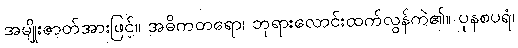
အမျိုးဇာတ်အားဖြင့်။ အဓိကတရော၊ ဘုရားလောင်းထက်လွန်ကဲ၏။ ပုနစပရံ၊